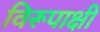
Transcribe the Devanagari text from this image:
विरूपाक्षी